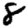
Digit: 8